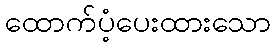
ထောက်ပံ့ပေးထားသော